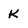
Character: K